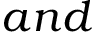
a n d